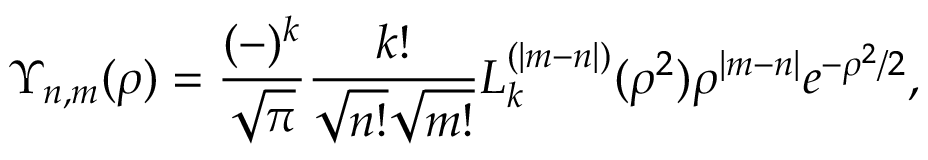
\Upsilon _ { n , m } ( \rho ) = \frac { ( - ) ^ { k } } { \sqrt { \pi } } \frac { k ! } { \sqrt { n ! } \sqrt { m ! } } L _ { k } ^ { ( | m - n | ) } ( \rho ^ { 2 } ) \rho ^ { | m - n | } e ^ { - \rho ^ { 2 } / 2 } ,